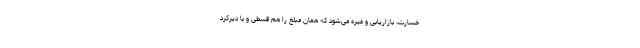
خسارت، بازاریابی و غیره می‌شود که همان مبلغ را هم قسطی و با دیرکرد